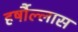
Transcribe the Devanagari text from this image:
हर्षौल्लास